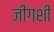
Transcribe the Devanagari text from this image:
जींगशी